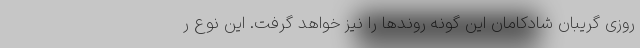
روزی گریبان شادکامان این گونه روندها را نیز خواهد گرفت. این نوع ر